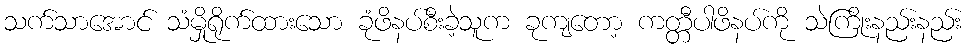
သက်သာအောင် သံမှိုရိုက်ထားသော ခုံဖိနပ်စီးခဲ့သူက ခုကျတော့ ကတ္တီပါဖိနပ်ကို သဲကြိုးနည်းနည်း